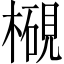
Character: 𱤓